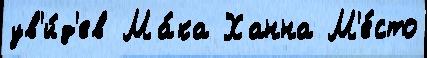
ув'и́д'ев Ма́ка Ханна М'е́сто